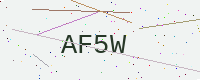
Text: AF5W